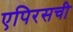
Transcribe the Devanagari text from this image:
एपिरसची